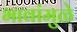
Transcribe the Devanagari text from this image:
भावांमुळे